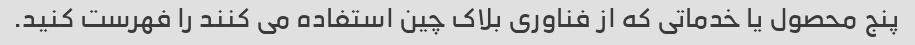
پنج محصول یا خدماتی که از فناوری بلاک چین استفاده می کنند را فهرست کنید.